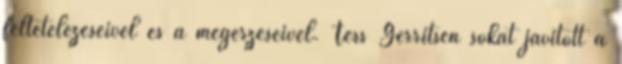
feltételezéseivel és a megérzéseivel. Tess Gerritsen sokat javított a